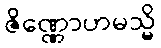
ဇိဏ္ဏောဟမသ္မိ